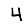
Digit: 4